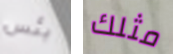
بئس مثلك